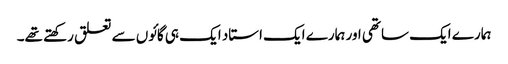
ہمارے ایک ساتھی اور ہمارے ایک استاد ایک ہی گائوں سے تعلق رکھتے تھے۔